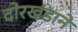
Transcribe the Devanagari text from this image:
दोरखंडाने